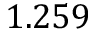
1 . 2 5 9